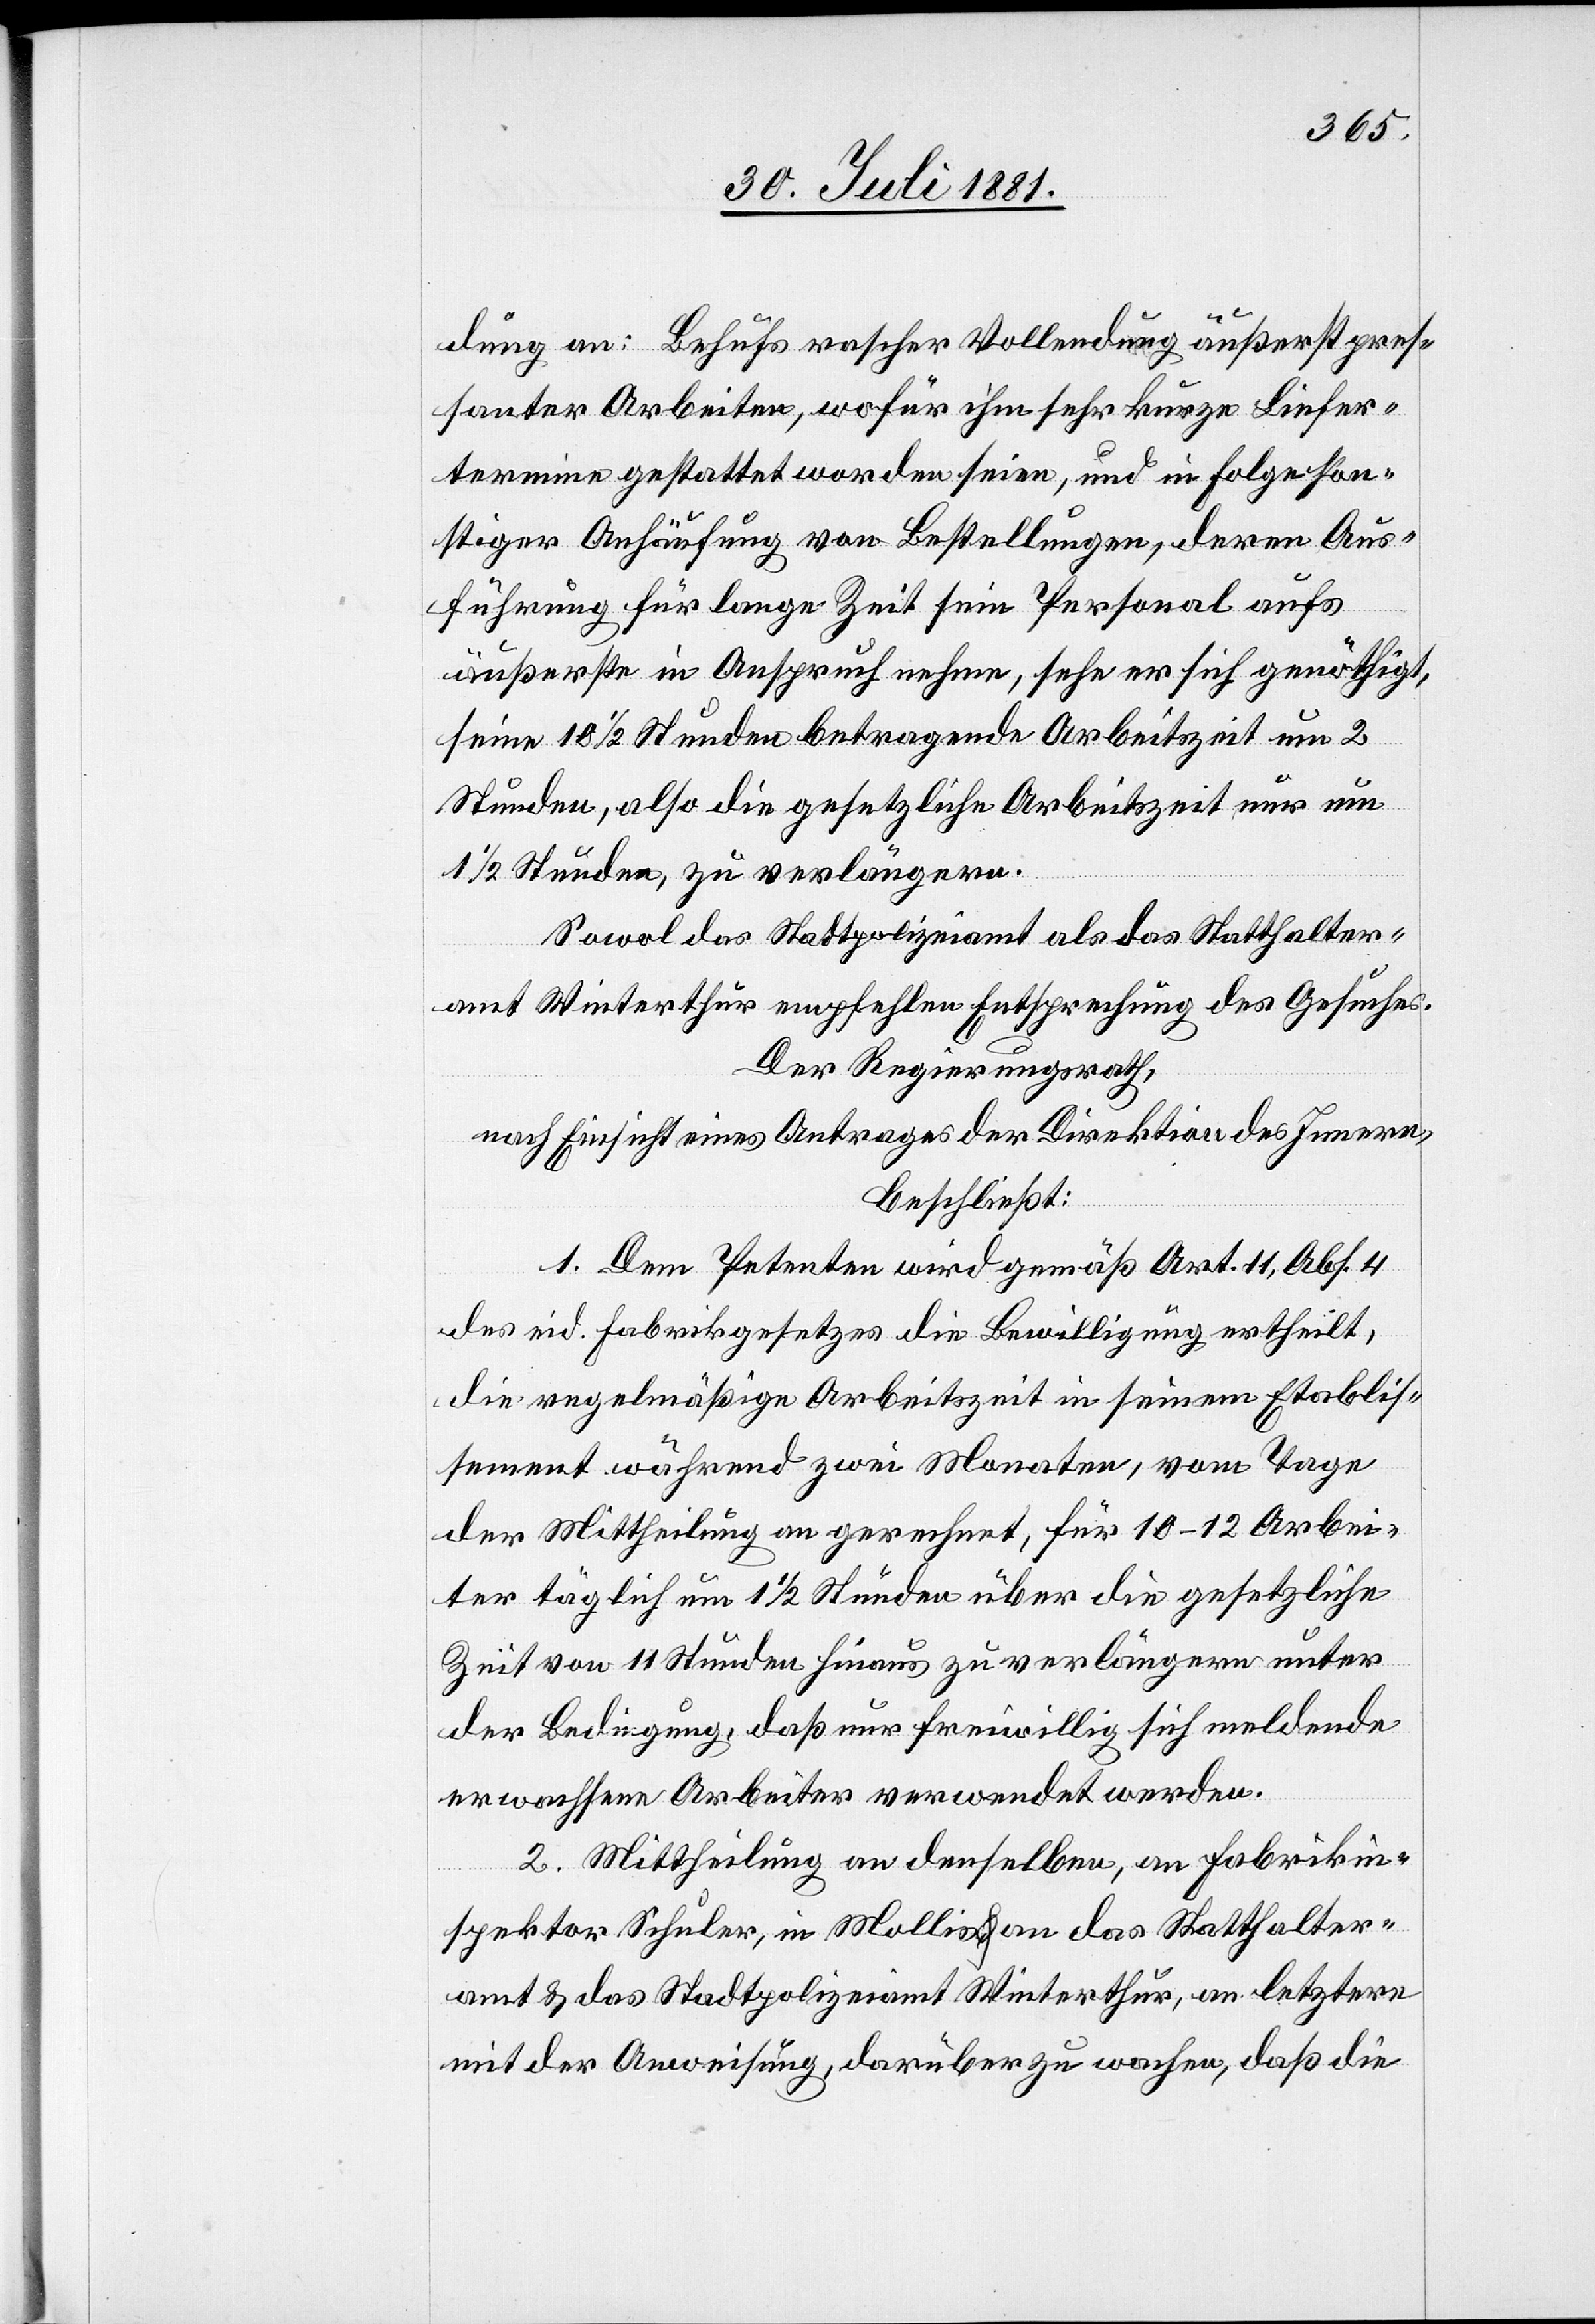
dung an: Behufs rascher Vollendung äußerst pres¬
santer Arbeiten, wofür ihm sehr kurze Liefer¬
termine gestattet worden seien, und in Folge son¬
stiger Anhäufung von Bestellungen, deren Aus¬
führung für lange Zeit sein Personal aufs
äußerste in Anspruch nehme, sehe er sich genöthigt,
1/2 Stunden, zu verlängern.
Sowol das Stadtpolizeiamt als das Statthalter¬
amt Winterthur empfehlen Entsprechung des Gesuches.
Der Regierungsrath,
nach Einsicht eines Antrages der Direktion des Innern,
beschließt:
1. Dem Petenten wird gemäß Art. 11, Abs. 4
des eid. Fabrikgesetzes die Bewilligung ertheilt,
die regelmäßige Arbeitszeit in seinem Etablis¬
sement während zwei Monaten, vom Tage
der Mittheilung an gerechnet, für 10–12 Arbei¬
ter täglich um 1 1/2 Stunden über die gesetzliche
Zeit von 11 Stunden hinaus zu verlängern unter
der Bedingung, daß nur freiwillig sich meldende
erwachsene Arbeiter verwendet werden.
2. Mittheilung an denselben, an Fabrikin¬
spektor Schuler, in Mollis & an das Statthalter¬
amt & das Stadtpolizeiamt Winterthur, an letztern
mit der Anweisung, darüber zu wachen, daß die